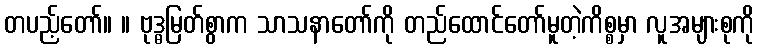
တပည့်တော်။ ။ ဗုဒ္ဓမြတ်စွာက သာသနာတော်ကို တည်ထောင်တော်မူတဲ့ကိစ္စမှာ လူအများစုကို